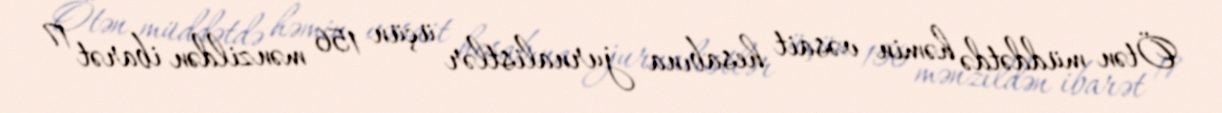
Ötən müddətdə həmin vəsait hesabına jurnalistlər üçün 156 mənzildən ibarət 17